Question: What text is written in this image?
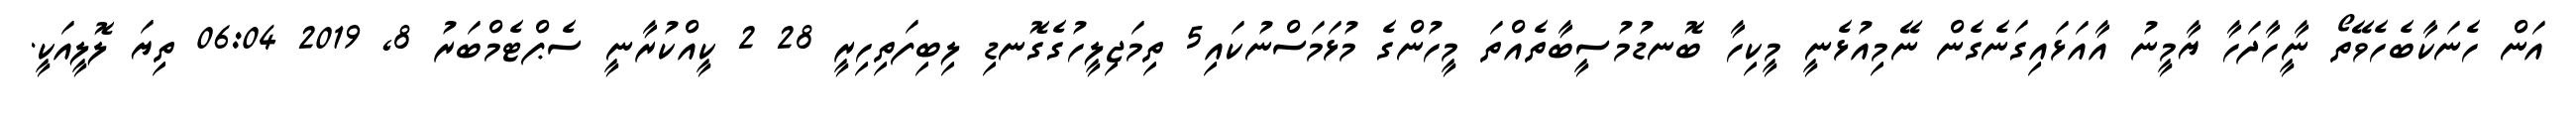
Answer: އަން ހެނަކާބެހެވޭތޯ ނީާހާދަހާ ޔާމީނު އާއަޅައިގަނެގެން ނޭމިއުޅެނީ މީކިހާ ބޮނޑުމުސީބާތެއްތަ މީހުންގެ މުޅަމަސްނުކައި5 ތިމަޖިލީހުގެގޮނޑި ލިބިފަތިހިރީ 28 2 ކީއްކުރާނީ ސެޕްޓެމްބަރު 8, 2019 06:04 ތިޔަ ލޮލީއަކީ.